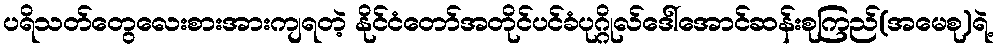
ပရိသတ်တွေလေးစားအားကျရတဲ့ နိုင်ငံတော်အတိုင်ပင်ခံပုဂ္ဂိုလ်ဒေါ်အောင်ဆန်းစုကြည်(အမေစု)ရဲ့